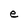
Character: e